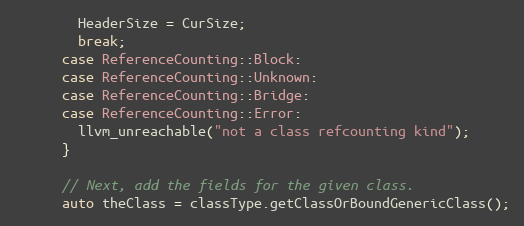
Language: C++
        HeaderSize = CurSize;
        break;
      case ReferenceCounting::Block:
      case ReferenceCounting::Unknown:
      case ReferenceCounting::Bridge:
      case ReferenceCounting::Error:
        llvm_unreachable("not a class refcounting kind");
      }

      // Next, add the fields for the given class.
      auto theClass = classType.getClassOrBoundGenericClass();